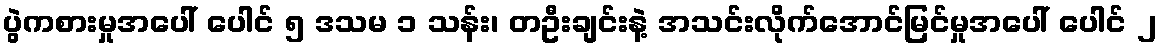
ပွဲကစားမှုအပေါ် ပေါင် ၅ ဒသမ ၁ သန်း၊ တဦးချင်းနဲ့ အသင်းလိုက်အောင်မြင်မှုအပေါ် ပေါင် ၂